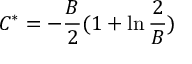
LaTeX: C ^ { * } = - \frac { B } { 2 } ( 1 + \ln \frac { 2 } { B } )